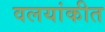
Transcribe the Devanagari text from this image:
वलयांकीत